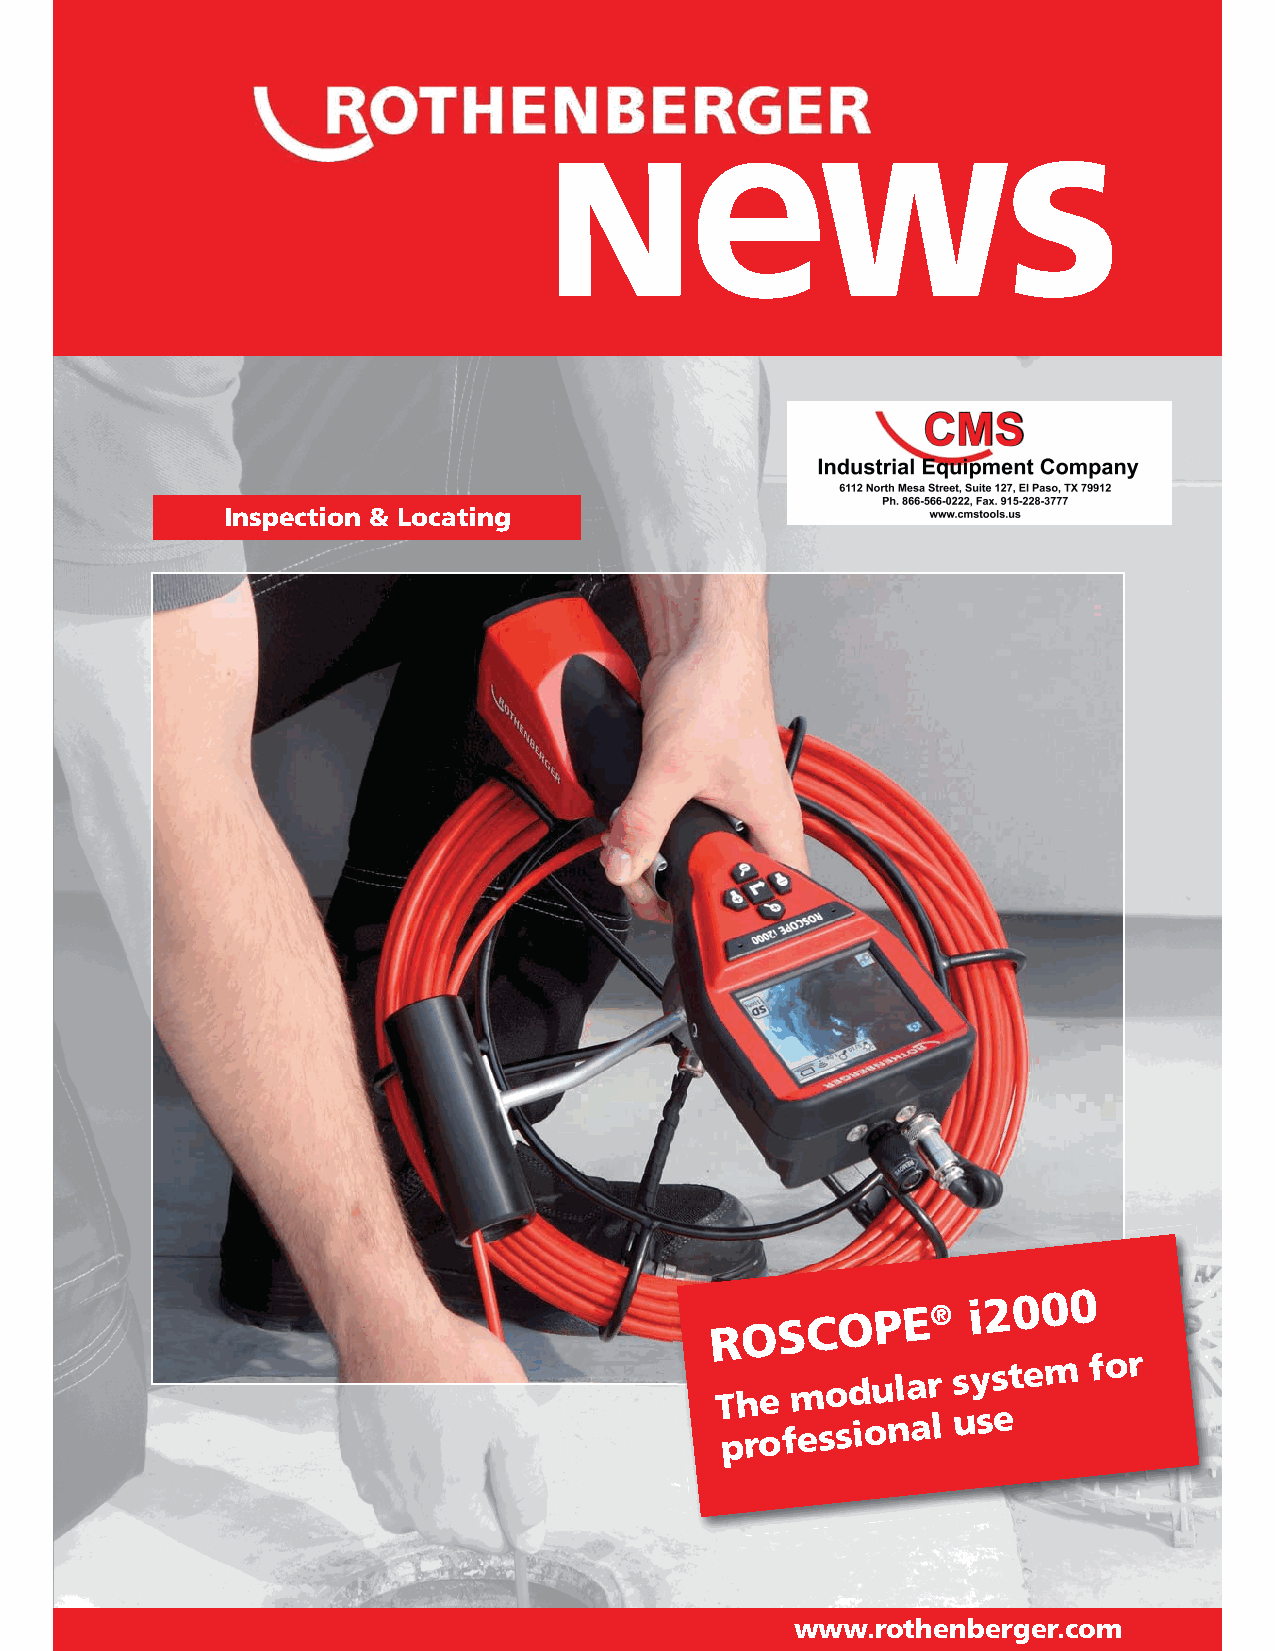
e
 N                 WS
 Inspection & Locating
 ROSCOPE®
 i2000
 The
 modular
 system
 for
 professional
 use
 www.rothenberger.com